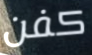
كفن